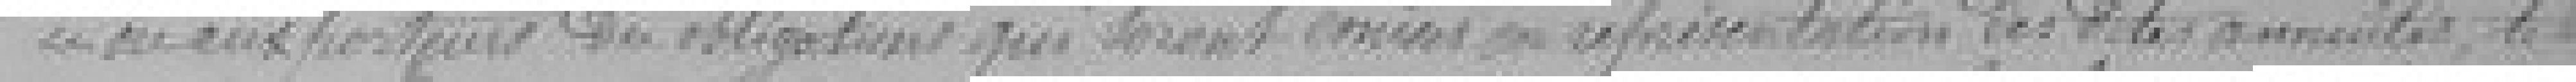
ou aux porteurs des obligations qui seront émises en représentation des dites annuités, le tout